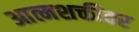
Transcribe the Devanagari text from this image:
आत्मशक्तीवर